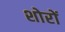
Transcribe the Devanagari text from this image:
शोरों